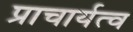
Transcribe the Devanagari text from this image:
प्राचार्यत्व